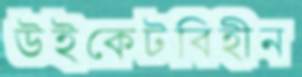
উইকেটবিহীন